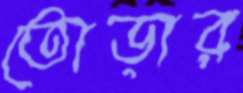
তোড়ার